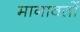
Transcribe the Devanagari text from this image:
मानावतों